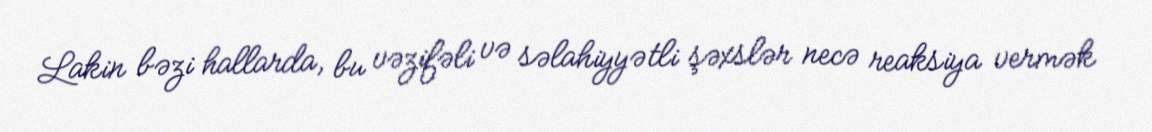
Lakin bəzi hallarda, bu vəzifəli və səlahiyyətli şəxslər necə reaksiya vermək